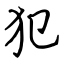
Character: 犯